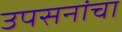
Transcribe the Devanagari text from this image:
उपसनांचा